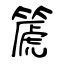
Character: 篪